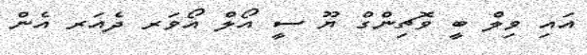
އައި ވިލް ބީ ވޮޗިންގް ޔޫ ސީ އޯލް އޯވަރ ދެއަރ އެން